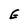
Character: G